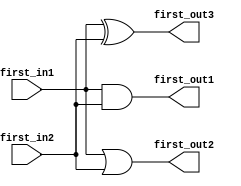
module first_module (
    input   wire    first_in1,
    input   wire    first_in2,
    output  wire    first_out1,
    output  wire    first_out2,
    output  wire    first_out3       
);

assign  first_out1 = first_in1 & first_in2;
assign  first_out2 = first_in1 | first_in2;
assign  first_out3 = first_in1 ^ first_in2;
    
endmodule